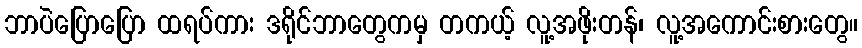
ဘာပဲပြောပြော ထရပ်ကား ဒရိုင်ဘာတွေကမှ တကယ့် လူ့အဖိုးတန်၊ လူ့အကောင်းစားတွေ။